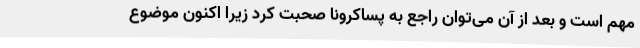
مهم است و بعد از آن می‌توان راجع به پساکرونا صحبت کرد زیرا اکنون موضوع